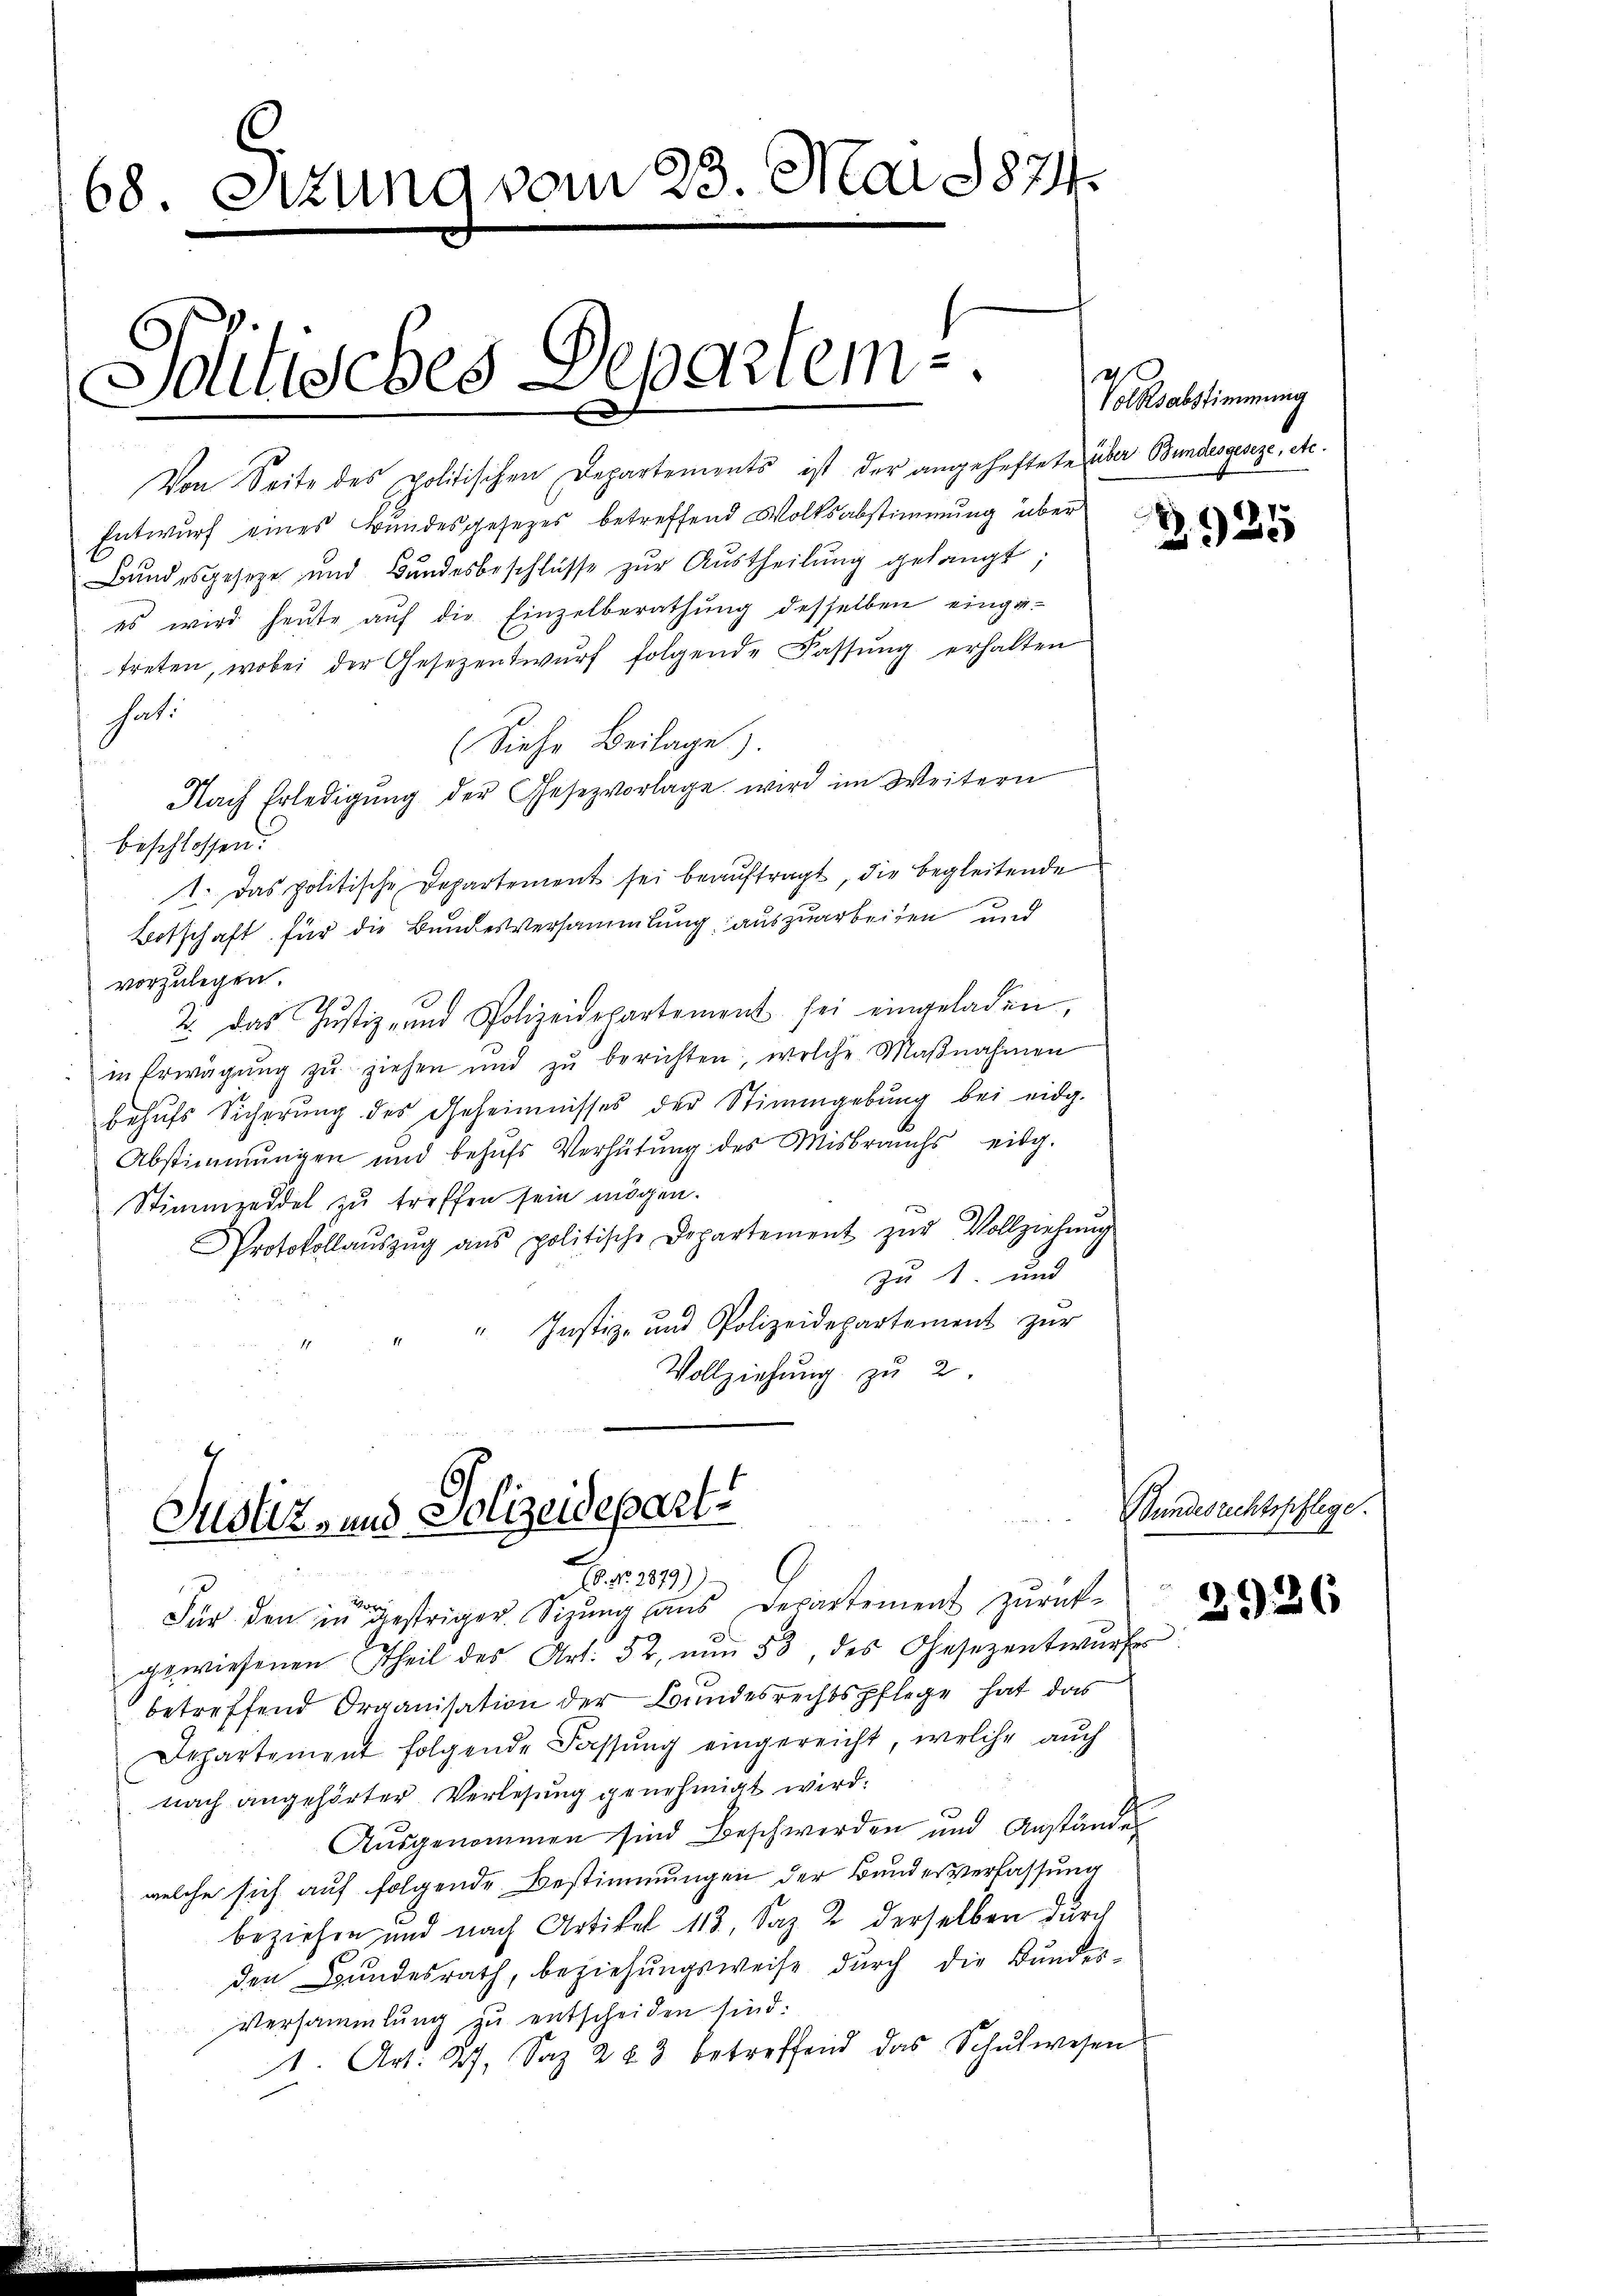
68. Sitzung vom 23. Mai 1874.

Von Seite des politischen Departements ist der angehaftete über Bundesgeseze, etc.
Entwurf eines Bundesgesezes betreffend Volksabstimmung über
Bundesgeseze und Bŭndesbeschlüsse zŭr Aŭstheilŭng gelangt;
es wird heute auf die Einzelberathung desselben einge-
treten, wobei der Gesezentwŭrf folgende Fassŭng erhalten
hat.
(Siehe Beilage,
Nach Erledigŭng der Gesezvorlage wird im Weitern
beschlossen:
1. Das politische Departement sei beauftragt, die begleitende
Botschaft für die Bundesversammlung auszuarbeiten und
vorzulegen.
2. das Justiz- und Polizeidepartement sei eingeladen,
in Erwägŭng zŭ ziehen und zŭ berichten, welche Maβnahmen
behŭfs Sicherŭng des Geheimnisses der Stimmgebung bei eidg.
Abstimmungen und behufs Verhütung des Misbrauchs eidg.
Stimmzeddel zu treffen sein mögen.
Protokollaŭszŭg ans politische Departement zŭr Vollziehŭng
zu 1. und
" Justiz- und Polizeidepartement zŭr
Vollziehung zu 2.

Politisches Departem¬

Justiz- und Polizeideparte
 281)

a

Für den in gestriger. Sizung aus Departement zurückgewiesenen Theil des Art. 52, nun 53, des Gesezentwurfes
betreffend Organisation der Bundesrechtspflege hat das
Departement folgende Fassung eingereicht, welche auch
nach angehörter Verlesung genehmigt wird.
Ausgenommen sind Beschwerden und Anstände
welche sich auf folgende Bestimmungen der Bundesverlassung
beziehen und nach Artikel 113, Saz 2 derselben durch
den Bundesrath, beziehungsweise durch die Bundes¬
Versammlung zu entscheiden sind:
1. Art. 27, Saz 283 betreffend das Schulwesen

Volksabstimmung

Pendesausschlage.

1
325

2926